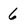
Character: 6